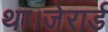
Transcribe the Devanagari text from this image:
था।जेरार्ड